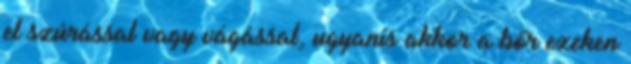
el szúrással vagy vágással, ugyanis akkor a bőr ezeken